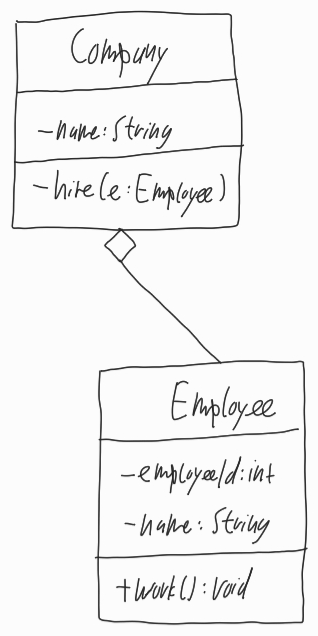
Diagram type: class_diagram
```plantuml
@startuml

class Company {
  - name: String
  - hire(e: Employee)
}

class Employee {
  - employeeId: int
  - name: String
  + work(): void
}

Company o-- Employee

@enduml
```